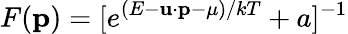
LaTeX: F(\textbf{p})=[e^{(E-\textbf{u}\cdot\textbf{p}-\mu)/kT}+a]^{-1}